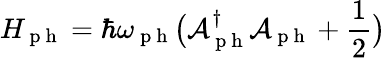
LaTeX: H_{\mathrm{~p~h~}}=\hbar\omega_{\mathrm{~p~h~}}\big(\mathcal{A}_{\mathrm{~p~h~}}^{\dagger}\mathcal{A}_{\mathrm{~p~h~}}+\frac{1}{2}\big)